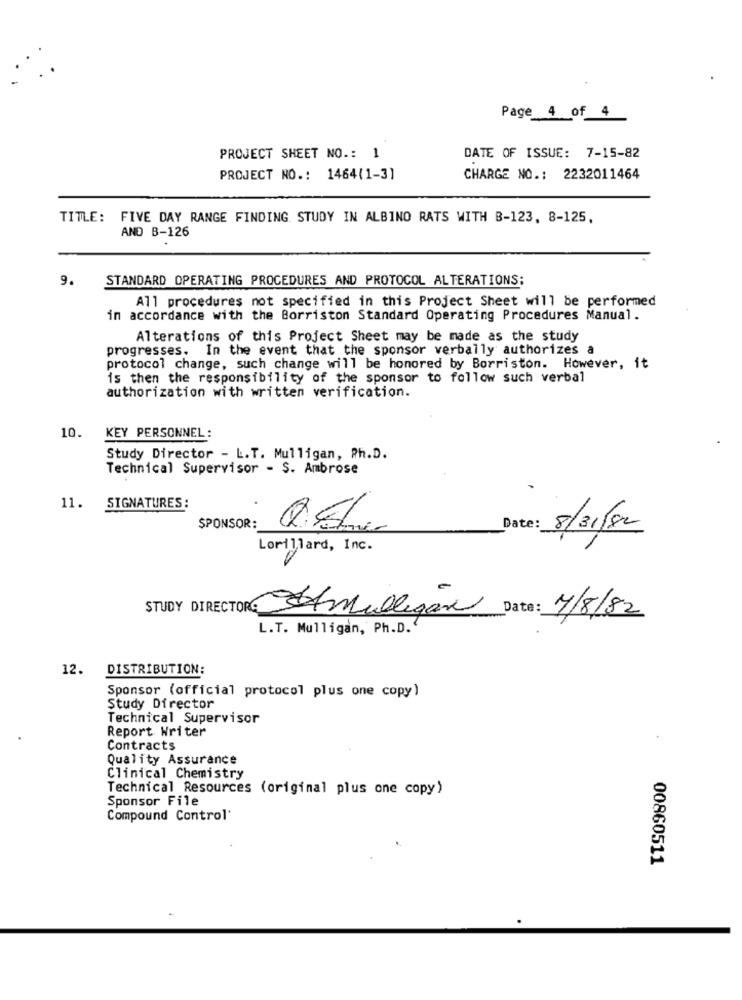
Page 4 of 4
PROJECT SHEET NO .: 1
DATE OF ISSUE: 7-15-82
PROJECT NO .: 1464(1-3]
CHARGE NO .: 2232011464
TITLE: FIVE DAY RANGE FINDING STUDY IN ALBINO RATS WITH B-123, 8-125,
AND B-126
9.
STANDARD OPERATING PROCEDURES AND PROTOCOL ALTERATIONS:
All procedures not specified in this Project Sheet will be performed
in accordance with the Borriston Standard Operating Procedures Manual.
Alterations of this Project Sheet may be made as the study
progresses. In the event that the sponsor verbally authorizes a
protocol change, such change will be honored by Borriston. However, it
is then the responsibility of the sponsor to follow such verbal
authorization with written verification.
10.
KEY PERSONNEL:
Study Director - L.T. Mulligan, Ph.D.
Technical Supervisor - S. Ambrose
11.
SIGNATURES:
SPONSOR:
Date: 8/31/82
Lorillard, Inc.
Date: 7/8/82
Amillição
L.T. Mulligan, Ph.D."
12.
DISTRIBUTION:
Sponsor (official protocol plus one copy)
Study Director
Technical Supervisor
Report Writer
.
Contracts
Quality Assurance
Clinical Chemistry
Technical Resources (original plus one copy)
Sponsor File
Compound Control
00860511